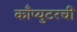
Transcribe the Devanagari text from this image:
काँप्युटरची